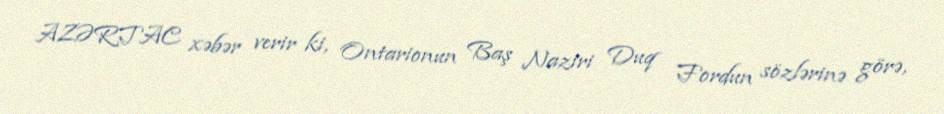
AZƏRTAC xəbər verir ki, Ontarionun Baş Naziri Duq Fordun sözlərinə görə,